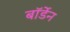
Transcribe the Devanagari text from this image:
बॉर्डेन